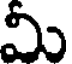
మీ